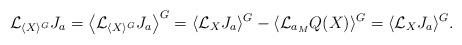
LaTeX: \begin{gather*}{\mathcal L}_{\langle X \rangle^{G}}J_{a} = \big\langle {\mathcal L}_{\langle X \rangle^{G}}J_{a}\big\rangle^{G}=\langle {\mathcal L}_{X}J_{a}\rangle^{G}-\langle {\mathcal L}_{a_{M}}Q(X)\rangle^{G} =\langle {\mathcal L}_{X}J_{a}\rangle^{G}.\end{gather*}